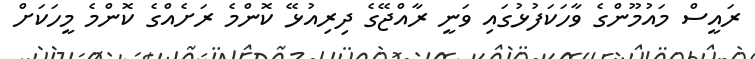
ރައީސް މައުމޫންގެ ވާހަކަފުޅުގައި ވަނީ ރާއްޖޭގެ ދިރިއުޅޭ ކޮންމެ ރަށެއްގެ ކޮންމެ މީހަކަށް